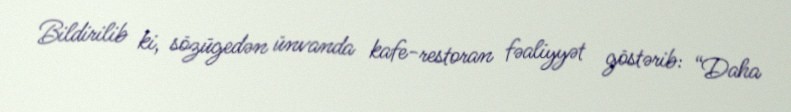
Bildirilib ki, sözügedən ünvanda kafe-restoran fəaliyyət göstərib: “Daha